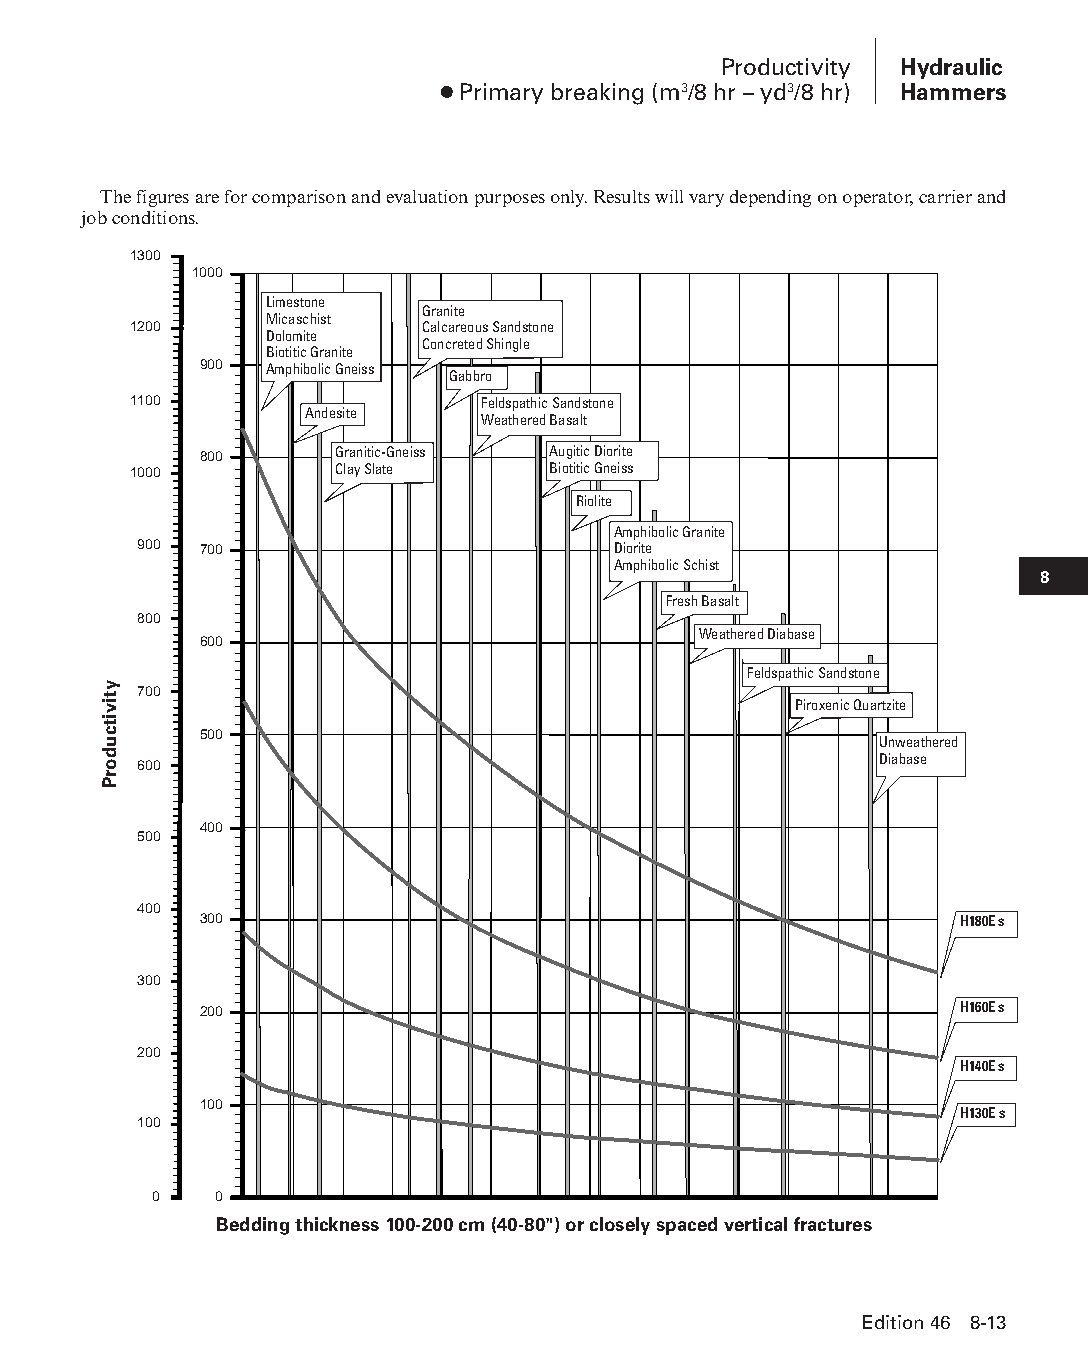
Productivity Hydraulic
 ● Primary breaking (m3/8 hr – yd3/8 hr) Hammers
 The figures are for comparison and evaluation purposes only. Results will vary depending on operator, carrier and
 job conditions.
 1300
 1000
 Limestone
 Granite
 Micaschist
 1200               Calcareous Sandstone
 Dolomite
 Concreted Shingle
 Biotitic Granite
 900 Amphibolic Gneiss
 Gabbro
 1100                   Feldspathic Sandstone
 Andesite
 Weathered Basalt
 800      Granitic-Gneiss Augitic Diorite
 1000          Clay Slate    Biotitic Gneiss
 Riolite
 Amphibolic Granite
 900  700                        Diorite
 Amphibolic Schist
 8
 Fresh Basalt
 800
 Weathered Diabase
 600
 Feldspathic Sandstone
 700
 Piroxenic Quartzite
 500
 Unweathered
 Diabase
 600
 400
 500
 400
 300                                               H180E s
 300
 200                                               H160E s
 200
 H140E s
 100
 H130E s
 100
 0    0
 Bedding thickness 100-200 cm (40-80") or closely spaced vertical fractures
 Edition 46 8-13
 PPHHBB--SSeecc0088--1166..iinndddd 1133                        1122//44//1155 1100::4400 AAMM
 ytivitcudorP